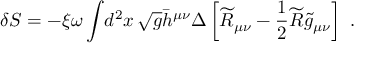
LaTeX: \delta S = - \xi \omega \int \! d ^ { 2 } x \, \sqrt { g } \bar { h } ^ { \mu \nu } \Delta \left[ \widetilde { R } _ { \mu \nu } - { \frac { 1 } { 2 } } \widetilde { R } \widetilde { g } _ { \mu \nu } \right] \ .